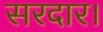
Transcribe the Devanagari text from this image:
सरदार।